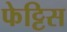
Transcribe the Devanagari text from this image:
फेट्टिस